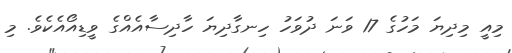
މިއީ މިދިޔަ މަހުގެ 17 ވަަނަ ދުވަހު ހިނގާދިޔަ ހާދިސާއެއްގެ ވީޑިއޯއެކެވެ. މި